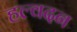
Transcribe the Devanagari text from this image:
हल्वदन